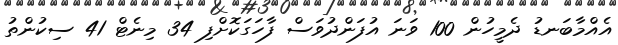
އެއްމާބަނޑު ދެމީހުން 100 ވަނަ އުފަންދުވަސް ފާހަގަކޮށްފި 34 މިނެޓް 41 ސިކުންތު